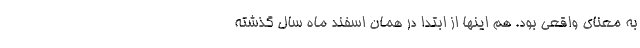
به معنای واقعی بود. هم اینها از ابتدا در همان اسفند ماه سال گذشته